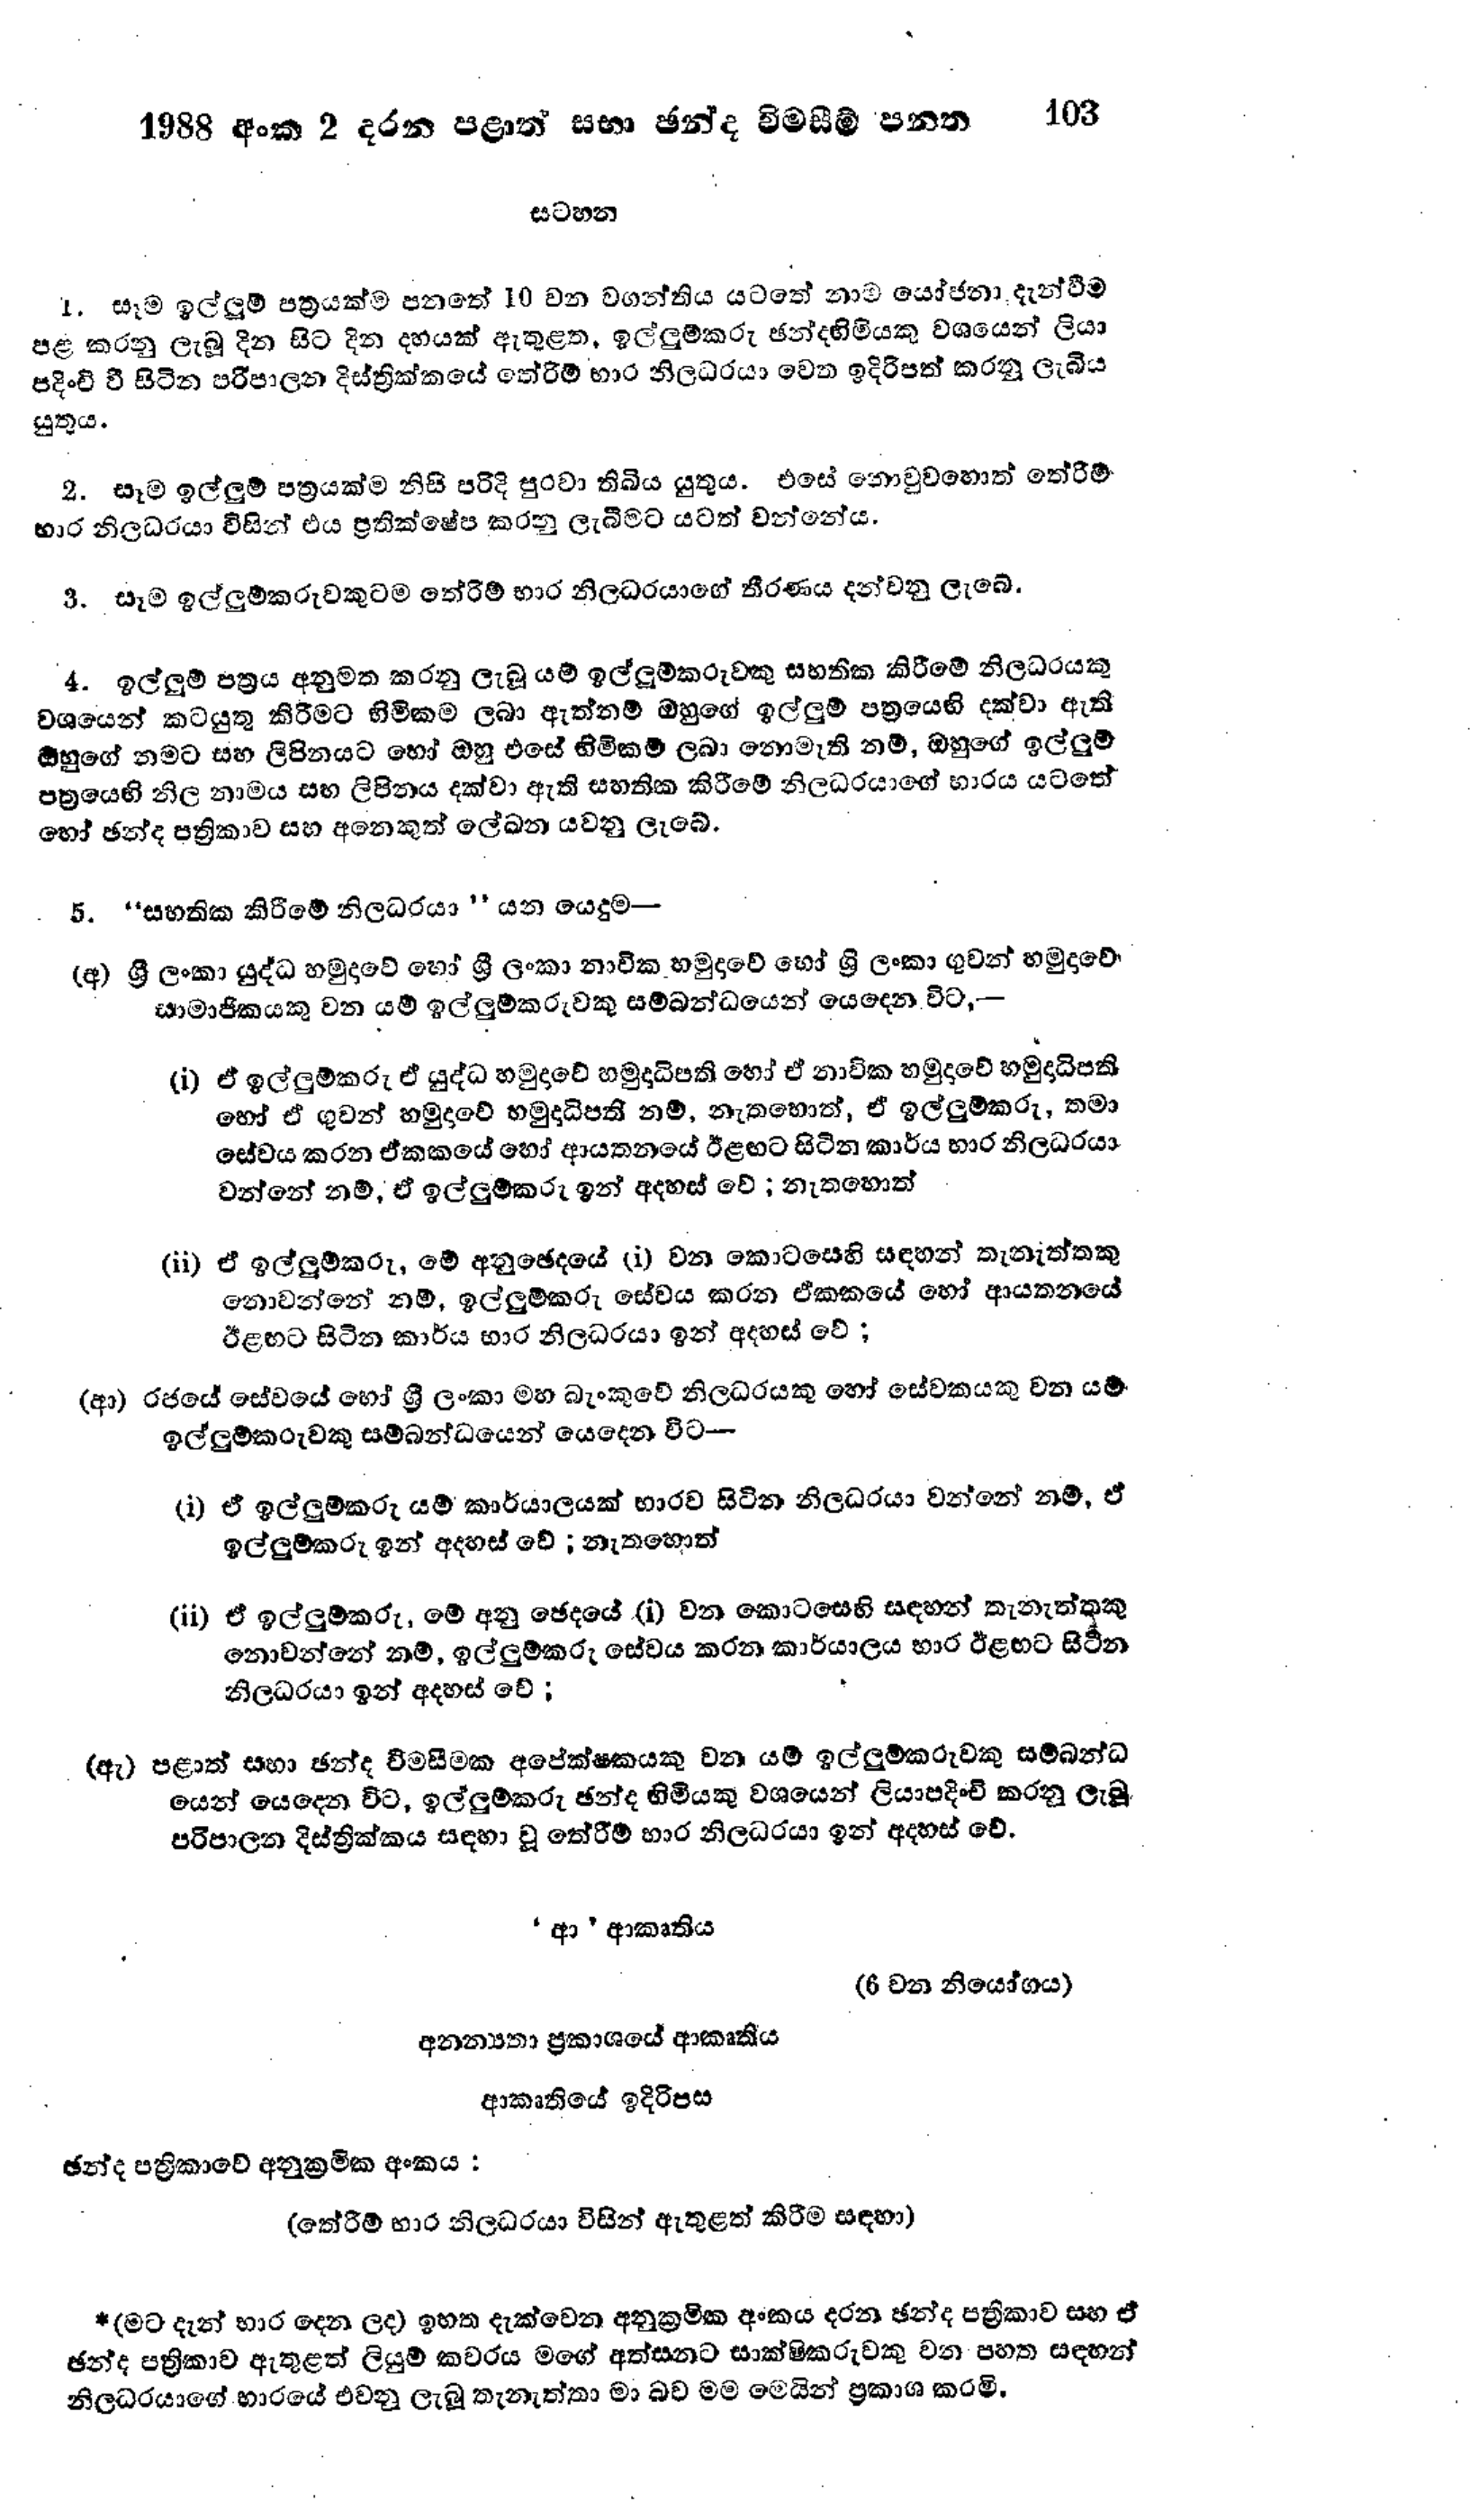
1988 අංක 2 දරන පළාත් සභා ඡන්ද විමසීම් පනත 103

සටහන

1. සෑම ඉල්ලූම් පත්‍රයක්ම පනතේ 10 වන වගන්තිය යටතේ නාම යෝජනා දැන්වීම
පළ කරනු ලැබූ දින සිට දින දහයක් ඇතුළත, ඉල්ලුම්කරු ඡන්දහිමියකු වශයෙන් ලියා
පදිංචි වී සිටින පරිපාලන දිස්ත්‍රික්කයේ තේරීම් භාර නිලධරයා වෙත ඉදිරිපත් කරනු ලැබිය
යුතු ය.

2. සෑම ඉල්ලුම් පත්‍රයක්ම නිසි පරිදි පුරවා තිබිය යුතුය. එසේ නොවුවහොත් තේරීම්
භාර නිලධරයා විසින් එය ප්‍රතික්ෂේප කරනු ලැබීමට යටත් වන්නේය.

3. සෑම ඉල්ලුම්කරුවකුටම තේරීම් භාර නිලධරයාගේ තීරණය දන්වනු ලැබේ.

4. ඉල්ලුම් පත්‍රය අනුමත කරනු ලැබූ යම් ඉල්ලුම්කරුවකු සහතික කිරීමේ නිලධරයකු
වශයෙන් කටයුතු කිරීමට හිමිකම ලබා ඇත්නම් ඔහුගේ ඉල්ලුම් පත්‍රයෙහි දක්වා ඇති
ඔහුගේ නමට සහ ලිපිනයට හෝ ඔහු එසේ හිමිකම් ලබා නොමැති නම්, ඔහුගේ ඉල්ලුම්
පත්‍රයෙහි නිල නාමය සහ ලිපිනය දක්වා ඇති සහතික කිරීමේ නිලධරයාගේ භාරය යටතේ
හෝ ඡන්ද පත්‍රිකාව සහ අනෙකුත් ලේඛන යවනු ලැබේ.

5."සහතික කිරීමේ නිලධරයා" යන යෙදුම -

(අ) ශ්‍රී ලංකා යුද්ධ හමුදාවේ හෝ ශ්‍රී ලංකා නාවික හමුදාවේ හෝ ශ්‍රී ලංකා ගුවන් හමුදාවේ
සාමාජිකයකු වන යම් ඉල්ලුම්කරුවකු සම්බන්ධයෙන් යෙදෙන විට-

(i) ඒ ඉල්ලුම්කරු ඒ යුද්ධ හමුදාවේ හමුදාධිපති හෝ ඒ නාවික හමුදාවේ හමුදාධිපති
හෝ ඒ ගුවන් හමුදාවේ හමුදාධිපති නම්, නැතහොත්, ඒ ඉල්ලුම්කරු, තමා
සේවය කරන ඒකකයේ හෝ ආයතනයේ ඊළඟට සිටින කාර්ය භාර නිලධරයා
වන්නේ නම්, ඒ ඉල්ලුම්කරු ඉන් අදහස් වේ; නැතහොත්

(ii) ඒ ඉල්ලුම්කරු, මේ අනුඡෙදයේ (i) වන කොටසෙහි සඳහන් තැනැත්තකු
නොවන්නේ නම්, ඉල්ලුම්කරු සේවය කරන ඒකකයේ හෝ ආයතනයේ
ඊළඟට සිටින කාර්ය භාර නිලධරයා ඉන් අදහස් වේ ;

(ආ) රජයේ සේවයේ හෝ ශ්‍රී ලංකා මහ බැංකුවේ නිලධරයකු හෝ සේවකයකු වන යම්
ඉල්ලුම්කරුවකු සම්බන්ධයෙන් යෙදෙන විට -

(i) ඒ ඉල්ලුම්කරු යම් කාර්යාලයක් භාරව සිටින නිලධරයා වන්නේ නම්, ඒ
ඉල්ලුම්කරු ඉන් අදහස් වේ ; නැතහොත්

(ii) ඒ ඉල්ලුම්කරු, මේ අනු ඡෙදයේ (1) වන කොටසෙහි සඳහන් තැනැත්තකු
නොවන්නේ නම්, ඉල්ලුම්කරු සේවය කරන කාර්යාලය භාර ඊළඟට සිටීන
නිලධරයා ඉන් අදහස් වේ ;

(ඇ) පළාත් සභා ඡන්ද විමසීමක අපේක්ෂකයකු වන යම් ඉල්ලුම්කරුවකු සම්බන්ධ
යෙන් යෙදෙන විට, ඉල්ලුම්කරු ඡන්ද හිමියකු වශයෙන් ලියාපදිංචි කරනු ලැබූ
පරිපාලන දිස්ත්‍රික්කය සඳහා වූ තේරීම් භාර නිලධරයා ඉන් අදහස් වේ.

'ආ' ආකෘතිය

(6 වන නියෝගය)

අනන්‍යතා ප්‍රකාශයේ ආකෘතිය

ආකෘතියේ ඉදිරිපස

ඡන්ද පත්‍රිකාවේ අනුක්‍රමික අංකය :

(තේරීම් භාර නිලධරයා විසින් ඇතුළත් කිරීම සඳහා)

*( මට දැන් භාර දෙන ලද) ඉහත දැක්වෙන අනුක්‍රමික අංකය දරන ඡන්ද පත්‍රිකාව සහ ඒ
ඡන්ද පත්‍රිකාව ඇතුළත් ලියුම් කවරය මගේ අත්සනට සාක්ෂිකරුවකු වන පහත සඳහන්
නිලධරයාගේ භාරයේ එවනු ලැබූ තැනැත්තා මා බව මම මෙයින් ප්‍රකාශ කරමි.